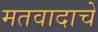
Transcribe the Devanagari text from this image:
मतवादाचे